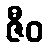
ဇီဝ